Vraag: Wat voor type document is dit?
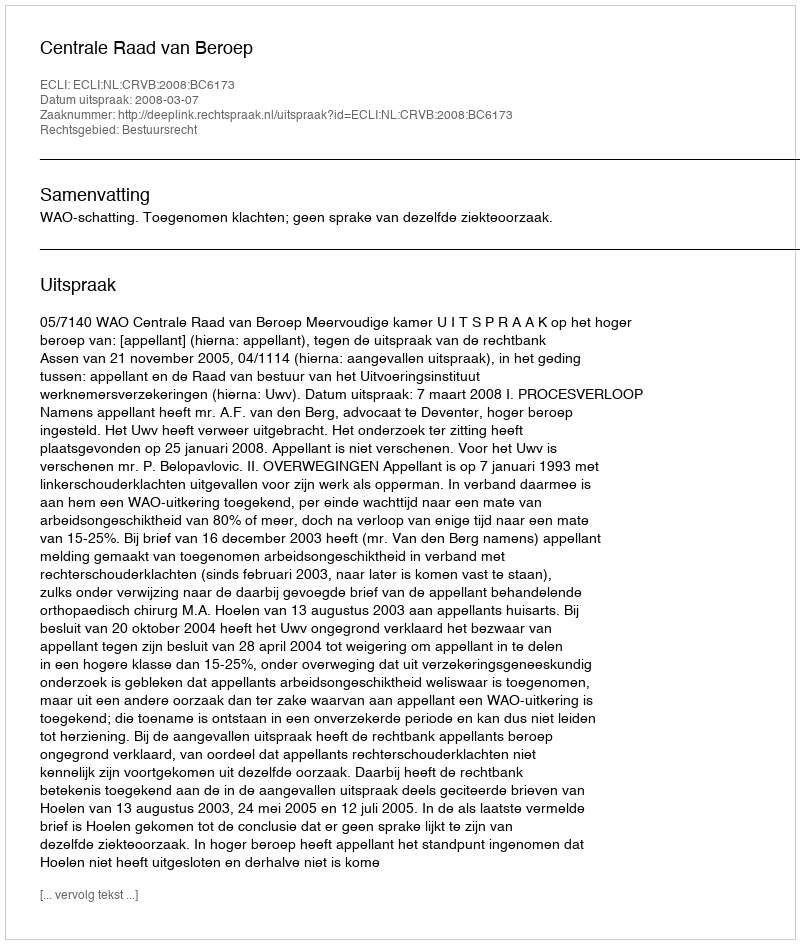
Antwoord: Uitspraak